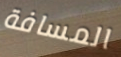
المسافة